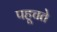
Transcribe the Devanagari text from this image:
पहूचते